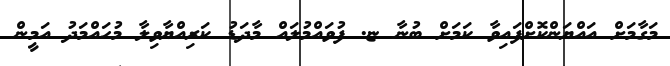
މަގާމަށް އައްޔަންކޮށްފައިވާ ކަމަށް ބުނާ ޏ. ފުވައްމުލައް މާދަޑު ކަރިއްޔާވިލާ މުހައްމަދު އަމީން